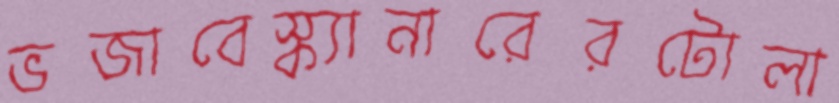
ভজাবেস্ক্যানারেরটোলা